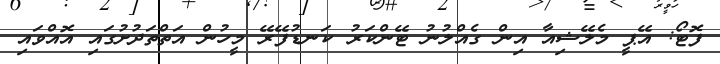
ފޮޓޯ: އޭޕީ މެލޭޝިއާ އިން ގެއްލުނު ޓޭންކަރު ކަނޑުފޭރޭ މީހުން އަތްތަދުށުގައި އޮއްވައި